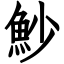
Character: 魦